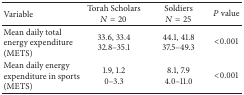
<table><thead><tr><td><b>Variable</b></td><td><b>Torah Scholars<i>N</i> = 20</b></td><td><b> Soldiers <i>N</i> = 25</b></td><td><b><i>P</i> value</b></td></tr></thead><tbody><tr><td>Mean daily total energy expenditure (METS)</td><td>33.6, 33.4 32.8–35.1</td><td>44.1, 41.8 37.5–49.3</td><td>&lt;0.001</td></tr><tr><td>Mean daily energy expenditure in sports (METS)</td><td>1.9, 1.2 0–3.3</td><td>8.1, 7.9 4.0–11.0</td><td>&lt;0.001</td></tr></tbody></table>